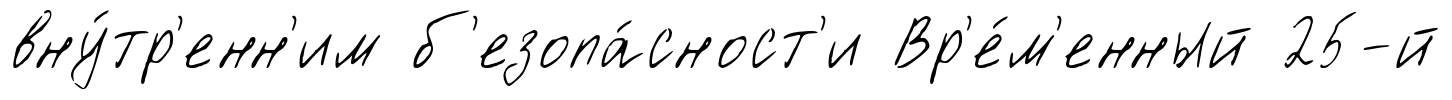
вну́тр'енн'им б'езопа́сност'и Вр'е́м'енный 25-й